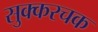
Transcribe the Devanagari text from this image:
सुक्करचक